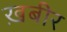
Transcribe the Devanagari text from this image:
ख़बीर